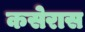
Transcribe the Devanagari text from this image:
कसेरास